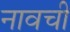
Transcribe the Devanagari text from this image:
नावची